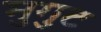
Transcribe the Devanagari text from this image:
मुगुट